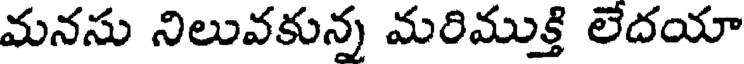
మనసు నిలువకున్న మరిముక్తి లేదయా